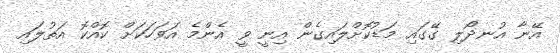
އޭނާ އުނދޯލި ގޭގައި މަޑުކޮށްލައިގެން އިނީ ވީ އެންމެ އަވަހަކަށް ކޮއްކޮ އަތުލައި